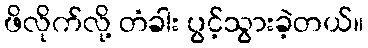
ဖိလိုက်လို့ တံခါး ပွင့်သွားခဲ့တယ်။